Civil Veterinary Dept. Bombay admin report 1932-41 - 1932-1941
Year: 1932
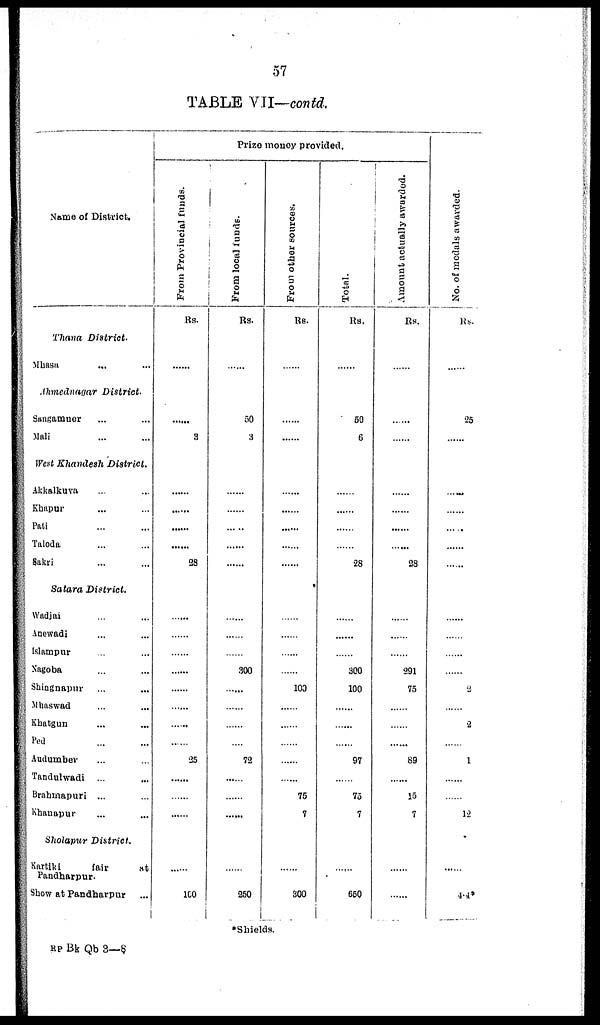
57
TABLE VII—contd.
Name of District.
Thana
District.
Mhasa ... ...
Ahmednagar
District.
Sangamner ... ...
Mali ... ...
West Khandesh District.
Akkalkuva ... ...
Khapur ... ...
Pati ... ...
Taloda ... ...
Sakri ... ...
Satara
District.
Wadjai ... ...
Anewadi ... ...
Islampur ... ...
Nagoba ... ...
Shingnapur ... ...
Mhaswad ... ...
Khatgun ... ...
Ped ... ...
Audumber ... ...
Tandulwadi ... ...
Brahmapuri ... ...
Khanapur ... ...
Sholapur
District.
Kartiki
fair
at
Pandharpur.
Show at Pandharpur ...
Prize money provided.
From
Provincial funds.
Rs.
......
......
3
......
......
......
......
28
......
......
......
......
......
......
......
......
25
......
......
......
......
100
From local funds.
Rs.
......
50
3
......
......
......
......
......
......
......
......
300
......
......
......
......
72
......
......
......
......
250
From other sources.
Rs.
......
......
......
......
......
......
......
......
......
......
......
......
100
......
......
......
......
......
75
7
......
300
Total.
Rs.
......
50
6
......
......
......
......
28
......
......
......
300
100
......
......
......
97
......
75
7
......
650
Amount actually awarded.
Rs.
......
......
......
......
......
......
......
28
......
......
......
291
75
......
......
......
89
......
15
7
......
......
No. of medals awarded.
Rs
......
25
......
......
......
......
......
......
......
......
......
......
2
......
2
......
1
......
......
12
......
4.4
*Shields.
RP Bk Qb 3—8